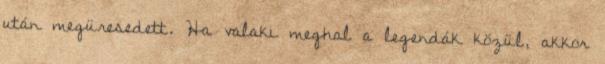
után megüresedett. Ha valaki meghal a legendák közül, akkor